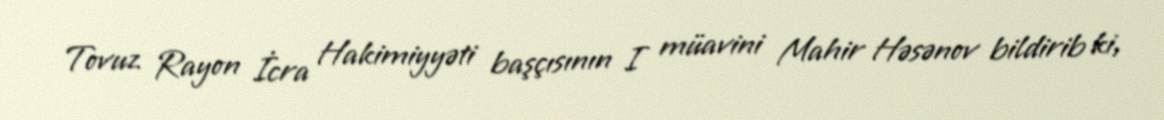
Tovuz Rayon İcra Hakimiyyəti başçısının I müavini Mahir Həsənov bildirib ki,